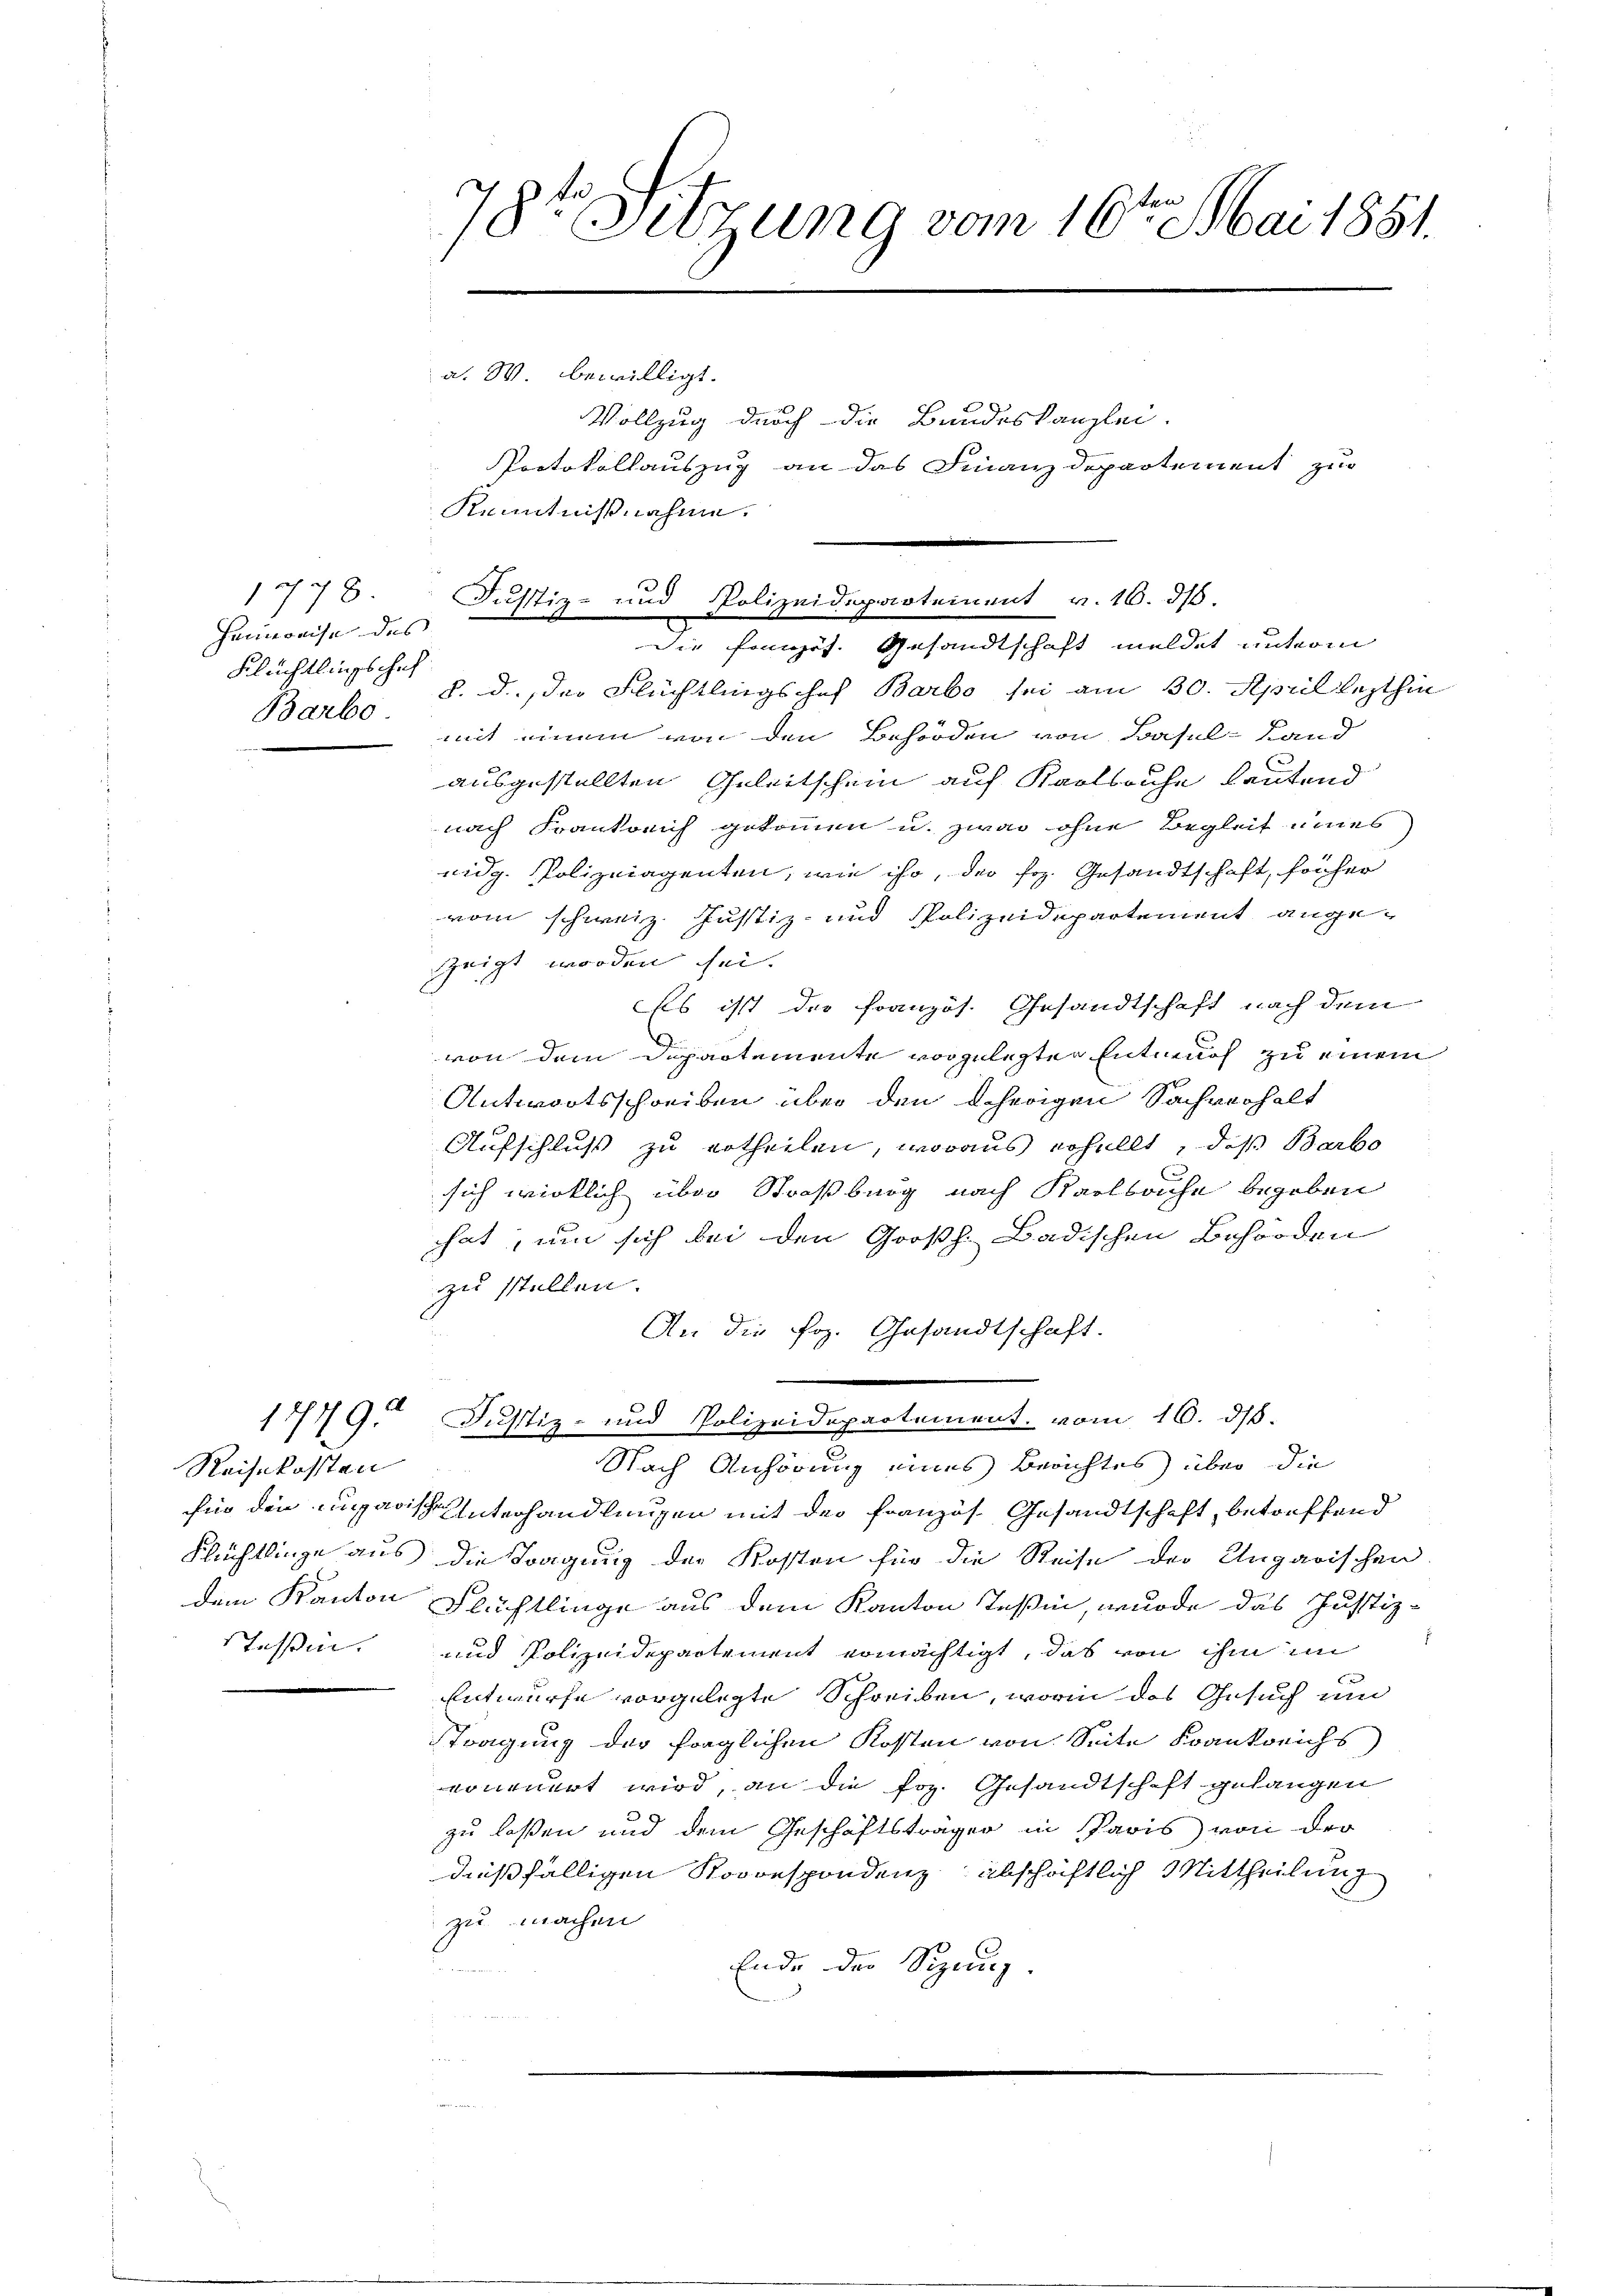
1778.
Heimweise des
Flüchtlingschaf

Reisekosten
dem Kanton
STessin.

78te Sitzung vom 16ten Mai 1851.

a. W. bewilligt.
Vollzug durch die Bundeskanzlei.
Protokollauszug an das Finanzdepartement zur
Kenntnißnahme.

Justiz- und Polizeidepartement v. 16. d.
die Französ. Gesandtschaft meldet unterm

Barbe d. d. der Flüchtlingschef Barbo sei am 30. April lezthin
mit einem von den Behörden von Basel-Land
ausgestellten Geleitschein auf Karlsruhe lautend
nach Frankreich gekommen u. zwar ohne Begleit eines
eidg. Polizeiagenten, wie ihr, der Frz. Gesandtschaft, früher
vom schweiz. Justiz- und Polizeidepartement ange-
zeigt worden sei.
Es ist der französ. Gesandtschaft nach dem
von dem Departemente vorgelegten Entwurf zu einem
Antwortsschreiben über den Scherigen Sachverhalt
Aufschluß zu ertheilen, woraus erhellt, daß Barbo
sich wirklich über Straßburg nach Karlsruhe begeben
hat, um sich bei den Großh. Badischen Behörden
zu stellen.
An die frz. Gesandtschaft.
1779. Justiz- und Polizeidepartement. vom 16. ds.
Nach Anhörung eines Berichtes über die
für die ungarisch Unterhandlungen mit der Französ. Gesandtschaft, betreffend
Flüchtlinge aus die Tragung der Kosten für die Reise der Ungarischen
Flüchtlinge aus dem Kanton Teßin, wurde das Justiz-
und Polizeidepartement ermächtigt, das von ihm im
Entwurfe vorgelegte Schreiben, worin das Gesuch um
Stragung der fraglichen Kosten von Seite Frankreichs
vonauert wird, an die foz. Gesandtschaft gelangen
zu lassen und dem Geschäftsträger in Paris von der
dießfälligen Rovonspondenz abschriftlich Mittheilung
zu machen
Ende der Sizung.

b

.